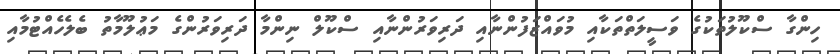
ހިންގާ ސްކޫލުތަކުގެ ވަސީލަތްތަކާއި މުވައްޒަފުންނާއި ދަރިވަރުންނާއި ސްކޫލް ނިންމާ ދަރިވަރުންގެ މަޢުލޫމާތު ބެލެހެއްޓުމާއި